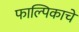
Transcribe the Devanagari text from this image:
फाल्पिकाचे